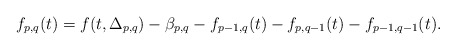
\begin{align*}f_{p,q}(t)=f(t,\Delta_{p,q})-\beta_{p,q}-f_{p-1,q}(t)-f_{p,q-1}(t)-f_{p-1,q-1}(t). \end{align*}